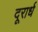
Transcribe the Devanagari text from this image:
दूरार्ध